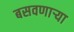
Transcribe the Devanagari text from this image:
बसवणार्‍या